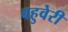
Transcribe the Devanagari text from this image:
बहुवेरी